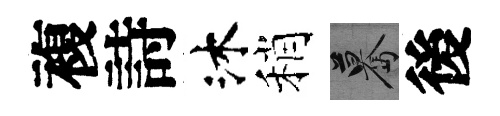
複詩沐稍驀後